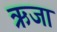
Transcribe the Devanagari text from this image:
ऋजा